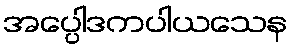
အပ္ပေါဒကပါယသေန